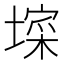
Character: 𭏧